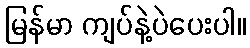
မြန်မာ ကျပ်နဲ့ပဲပေးပါ။